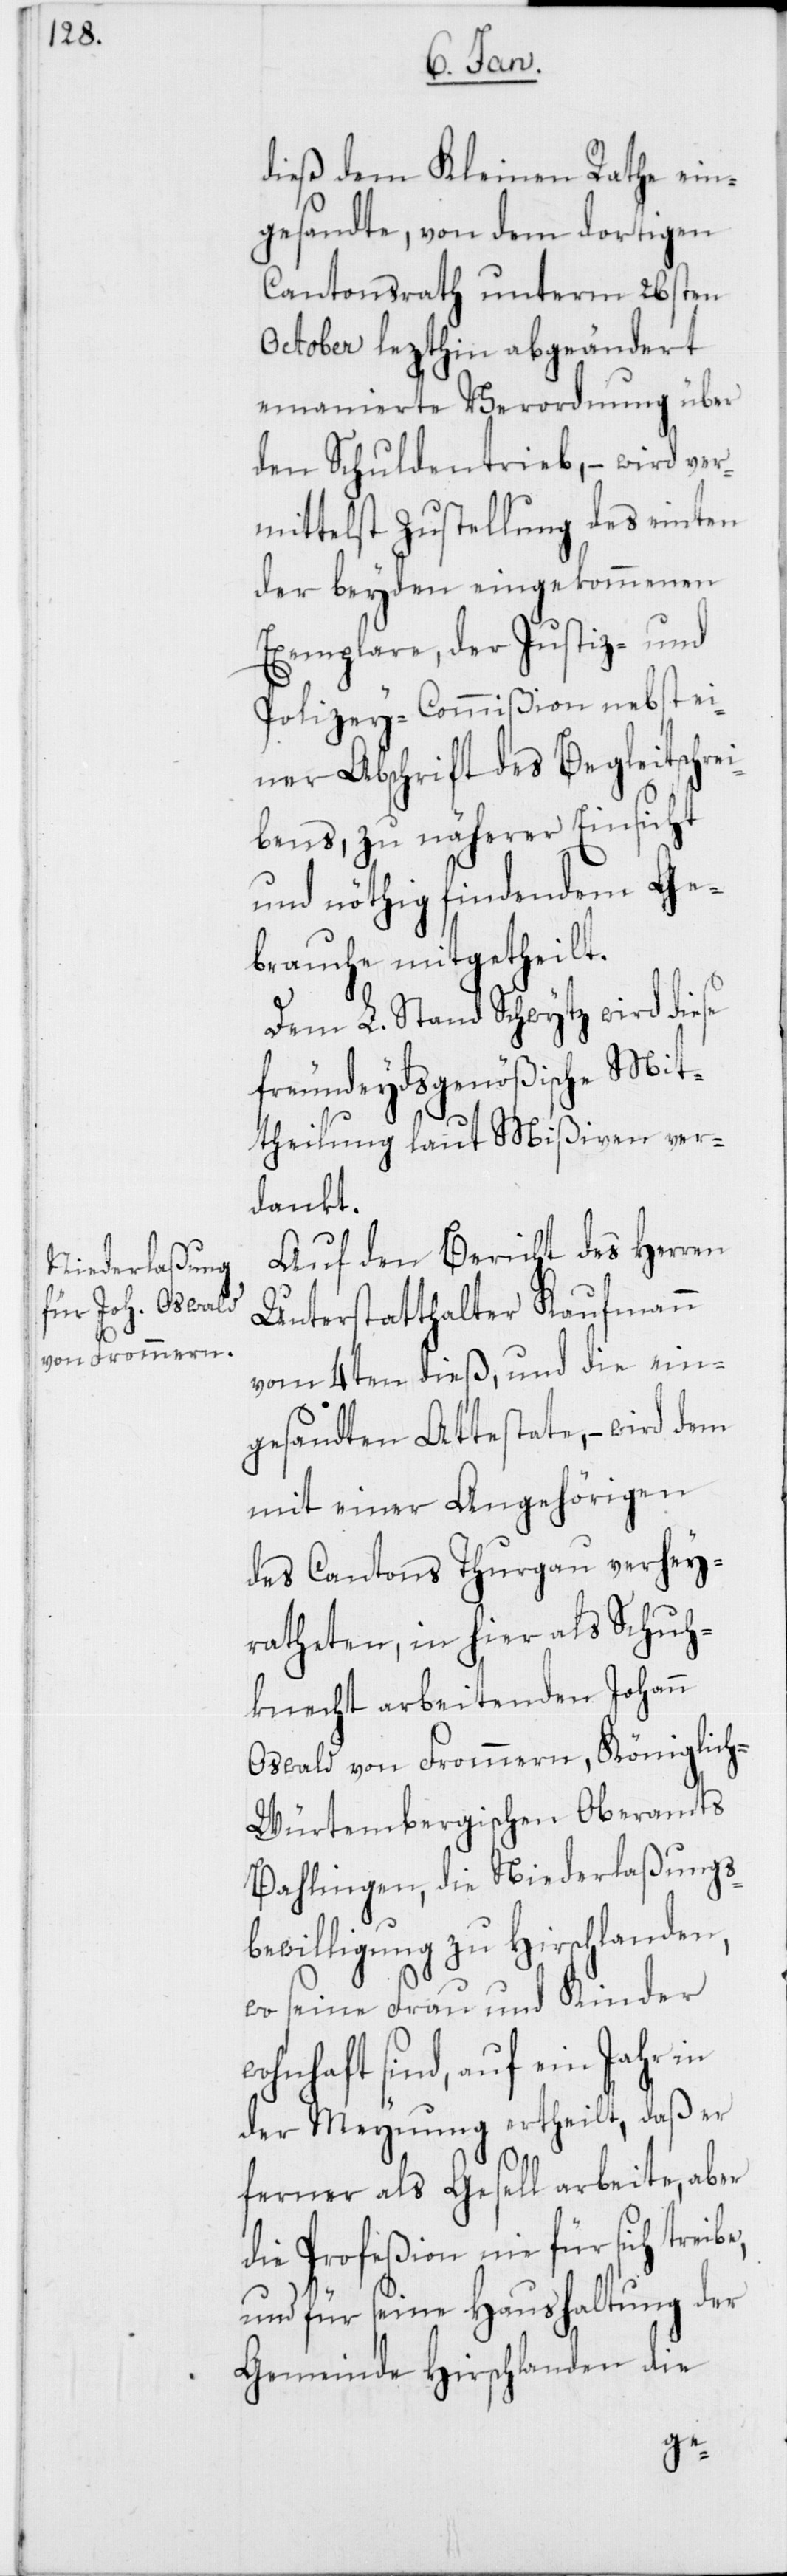
dieß dem Kleinen Rathe ein¬
gesandte, von dem dortigen
Cantonsrath unterm 26sten
October lezthin abgeändert
emanierte Verordnung über
den Schuldentrieb, – wird ver¬
mittelst Zustellung des einten
der beyden eingekommenen
Exemplare, der Justiz- und
Polizey-Commißion nebst ei¬
ner Abschrift des Begleitschre¬
ibens, zu näherer Einsicht
und nöthig findendem Ge¬
brauche mitgetheilt.
Dem L. Stand Schwytz wird diese
freundeydsgenößische Mit¬
theilung laut Mißiven ver¬
dankt.
Auf den Bericht des Herren
Unterstatthalter Kaufmann
vom 4ten dieß, und die ein¬
gesandten Attestate, – wird dem
mit einer Angehörigen
des Cantons Thurgau verhey¬
rateten, in hier als Schuh¬
knecht arbeitenden Johann
Oswald von Frommern, Königlic¬
h-Würtembergischen Oberamts
Bahlingen, die Niederlaßungs¬
bewilligung zu Hirschlanden,
wo seine Frau und Kinder
wohnhaft sind, auf ein Jahr in
der Meynung ertheilt, daß er
ferner als Gesell arbeite, aber
die Profeßion nie für sich treib¬
und für seine Haushaltung der
Gemeinde Hirschlanden die

e,